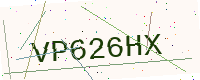
Text: VP626HX